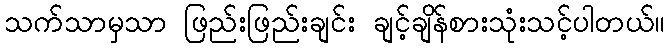
သက်သာမှသာ ဖြည်းဖြည်းချင်း ချင့်ချိန်စားသုံးသင့်ပါတယ်။